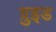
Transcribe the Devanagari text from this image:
ग्रुइड